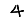
Digit: 4